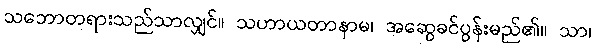
သဘောတရားသည်သာလျှင်။ သဟာယတာနာမ၊ အဆွေခင်ပွန်းမည်၏။ သာ၊